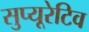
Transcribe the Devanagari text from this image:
सुप्यूरेटिव